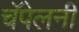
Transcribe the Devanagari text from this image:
चॅपेलनी